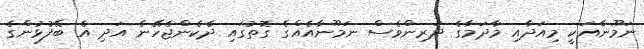
ނަމޫނާއަކީ މިއަދާއި މާދަމާގެ ދަރިންވެސް ނަމޫނާއެއްގެ ގޮތުގައި ދެކެންޖެހޭނެ އަދި އެ ބޭފުޅުންގެ